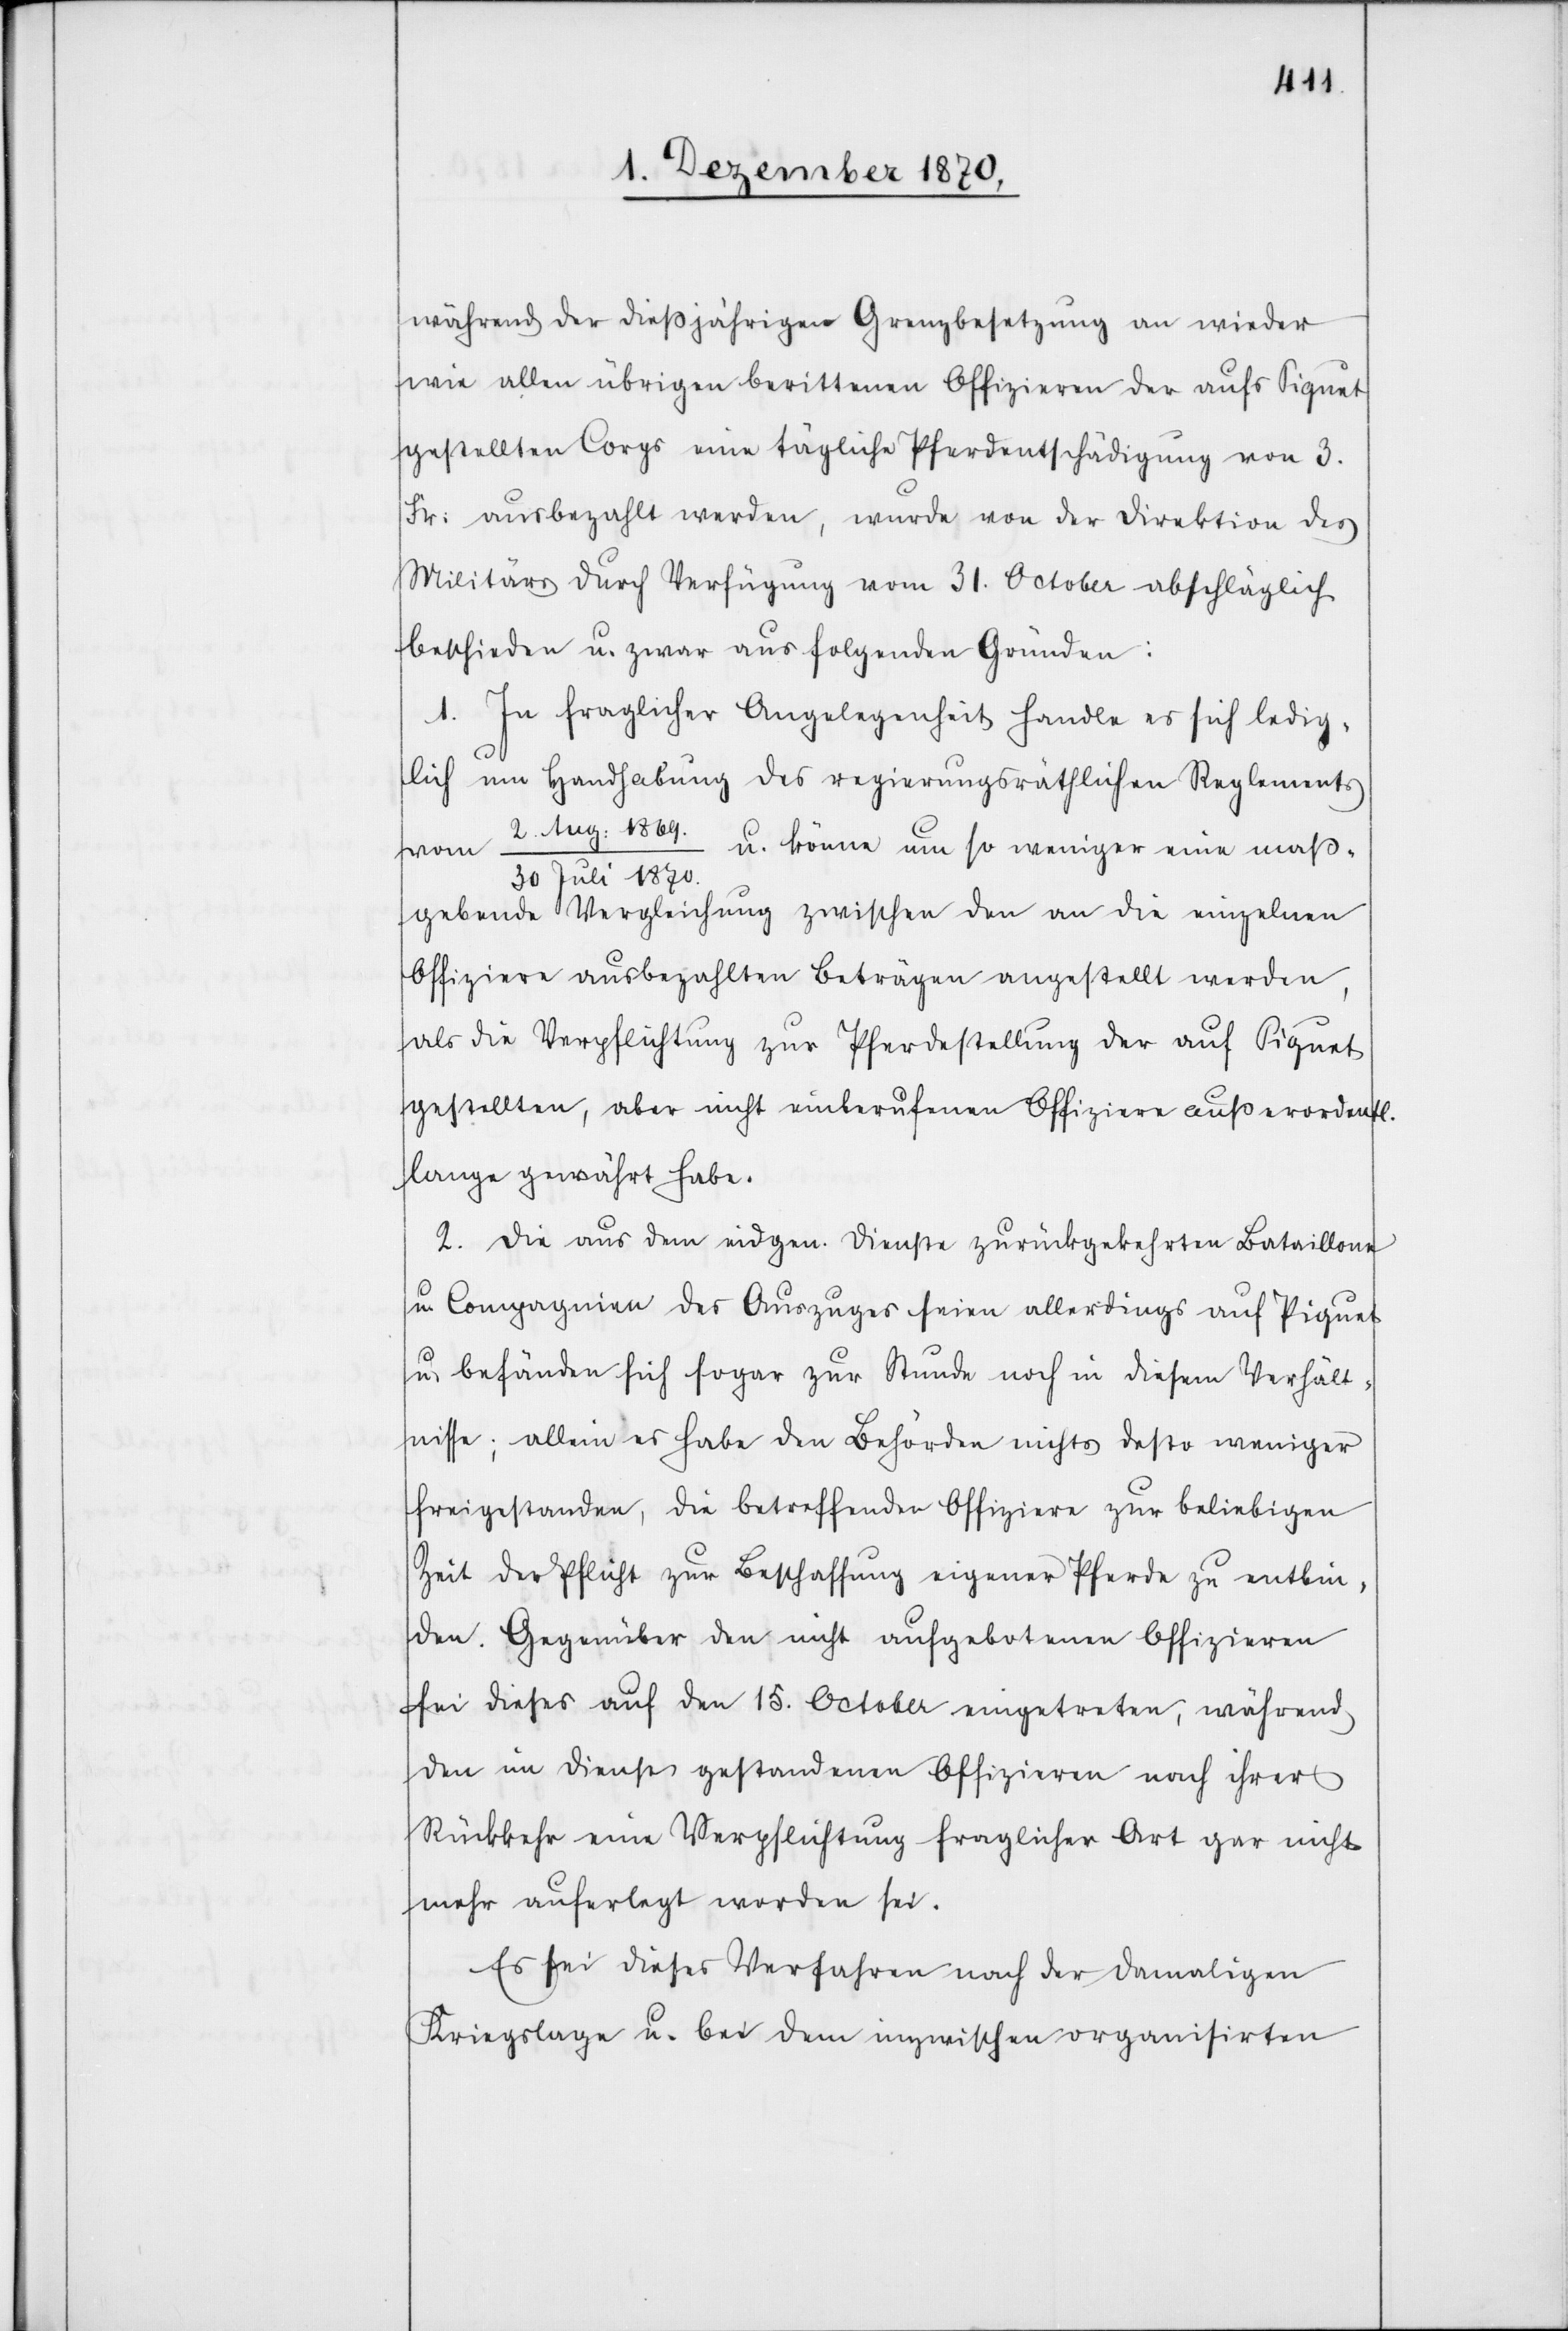
während der dießjährigen Grenzbesetzung an wieder
wie allen übrigen berittenen Offizieren der aufs Piquet
gestellten Corps eine tägliche Pferdentschädigung von 3.
Fr: ausbezahlt werden, wurde von der Direktion des
Militärs durch Verfügung vom 31. October abschläglich
beschieden u. zwar aus folgenden Gründen:
1. In fraglicher Angelegenheit handle es sich ledig¬
lich um Handhabung des regierungsräthlichen Reglements
2. Aug. 1869
u. könne um so weniger eine maß¬
vom
30 Juli 1870.
gebende Vergleichung zwischen den an die einzelnen
Offiziere ausbezahlten Beträgen angestellt werden,
als die Verpflichtung zur Pferdestellung der auf Piquet
gestellten, aber nicht einberufenen Offiziere außerordentl.
lange gewährt habe.
2. Die aus dem eidgen. Dienste zurückgekehrten Bataillone
u. Compagnien des Auszuges seien allerdings auf Piquet
u. befänden sich sogar zur Stunde noch in diesem Verhält¬
nisse; allein es habe den Behörden nichts desto weniger
freigestanden, die betreffenden Offiziere zur beliebigen
Zeit der Pflicht zur Beschaffung eigener Pferde zu entbin¬
den. Gegenüber den nicht aufgebotenen Offizieren
sei dieses auf den 15. October eingetreten, während
den im Dienste gestandenen Offizieren nach ihrer
Rückkehr eine Verpflichtung fraglicher Art gar nicht
mehr auferlegt worden sei.
Es sei dieses Verfahren nach der damaligen
Kriegslage u. bei dem inzwischen organisirten